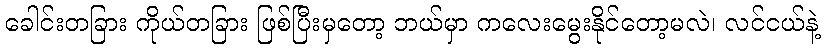
ခေါင်းတခြား ကိုယ်တခြား ဖြစ်ပြီးမှတော့ ဘယ်မှာ ကလေးမွေးနိုင်တော့မလဲ၊ လင်ငယ်နဲ့